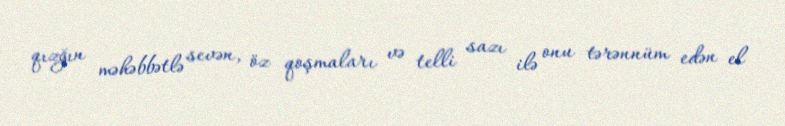
qızğın məhəbbətlə sevən, öz qoşmaları və telli sazı ilə onu tərənnüm edən el